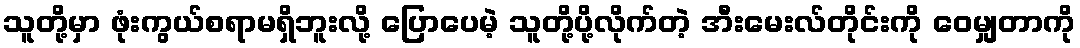
သူတို့မှာ ဖုံးကွယ်စရာမရှိဘူးလို့ ပြောပေမဲ့ သူတို့ပို့လိုက်တဲ့ အီးမေးလ်တိုင်းကို ဝေမျှတာကို